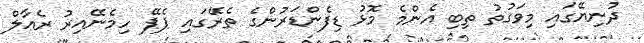
ދުނިޔޭގައި މިވަގުތު ތިބި އެންމެ މޮޅު ޑިފެންޑަރުންގެ ތެރޭގައި ޕެޕޭ ހިމެނޭއިރު ރެއާލް